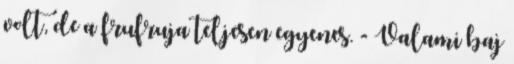
volt, de a frufruja teljesen egyenes. - Valami baj